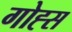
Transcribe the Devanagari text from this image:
गोह्स